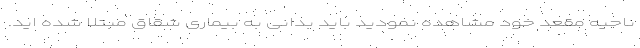
ناحیه مقعد خود مشاهده نمودید باید بدانی به بیماری شقاق مبتلا شده اید.